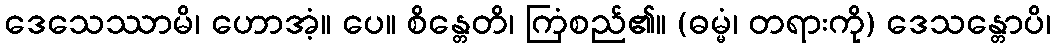
ဒေသေဿာမိ၊ ဟောအံ့။ ပေ။ စိန္တေတိ၊ ကြံစည်၏။ (ဓမ္မံ၊ တရားကို) ဒေသန္တောပိ၊